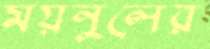
ময়নুলের